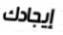
إيجادك